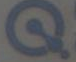
Q.